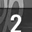
Digit: 2